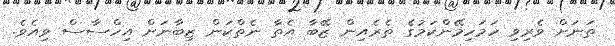
ތަނަށް ވެރިވި ހަމަހިމޭންކަމުގެ ތެރެއިން ޒޭބާ އެތާ ނެތްކަން ޒިބާނަށް އިހްސާސް ވިއެވެ.